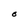
Character: F